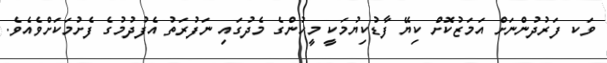
ވަކ ފަރުދުންނަށް އަމަޒުކޮށް ކިޔޭ ފާޑުކިޔުމަކީ މީހުންގެ މެދުގައި ނަފުރަތު އެފުދުމުގެ ފެށުމަކަށްވެއެވެ.